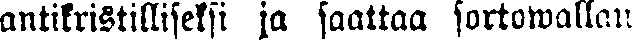
antikristilliseksi ja saattaa sortowallan